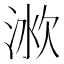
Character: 𣶛